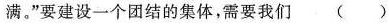
满。”要建设一个团结的集体，需要我们()